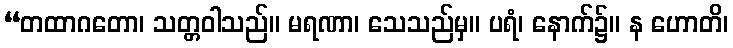
“တထာဂတော၊ သတ္တဝါသည်။ မရဏာ၊ သေသည်မှ။ ပရံ၊ နောက်၌။ န ဟောတိ၊